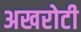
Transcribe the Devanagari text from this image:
अखरोटी